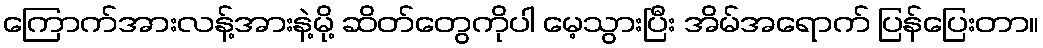
ကြောက်အားလန့်အားနဲ့မို့ ဆိတ်တွေကိုပါ မေ့သွားပြီး အိမ်အရောက် ပြန်ပြေးတာ။